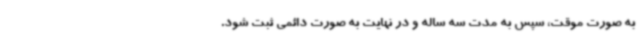
به صورت موقت، سپس به مدت سه ساله و در نهایت به صورت دائمی ثبت شود.